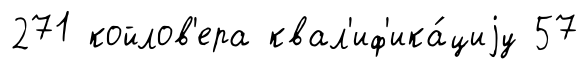
271 койлов'ера квал'иф'ика́циjу 57